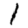
Digit: 1